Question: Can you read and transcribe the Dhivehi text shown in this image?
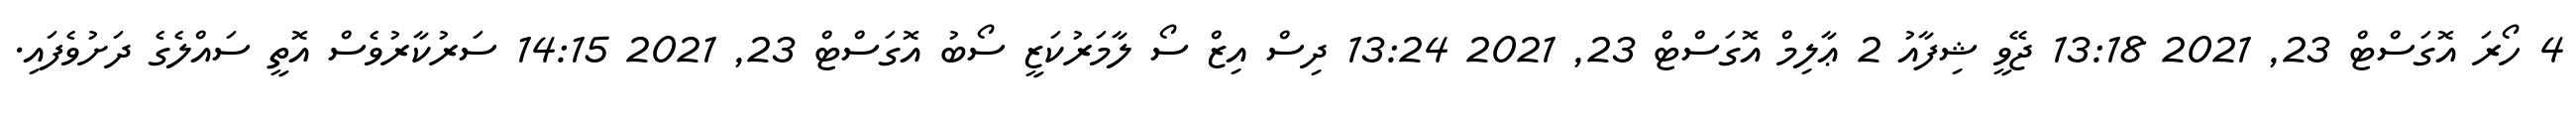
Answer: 4 ހޯރަ އޮގަސްޓް 23, 2021 13:18 ޖޭވީ ޝިފާއު 2 ޢާލިމް އޮގަސްޓް 23, 2021 13:24 ދިސް އިޒް ސޯ ލާމަރުކަޒީ ސޯބު އޮގަސްޓް 23, 2021 14:15 ސަރުކާރުވެސް އޮތީ ސައްލެގެ ދަށުވެފައި.